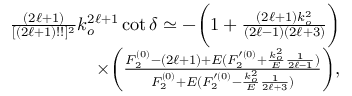
\begin{array} { r l r } & { } & { \frac { ( 2 \ell + 1 ) } { [ ( 2 \ell + 1 ) ! ! ] ^ { 2 } } k _ { o } ^ { 2 \ell + 1 } \cot \delta \simeq - \bigg ( 1 + \frac { ( 2 \ell + 1 ) k _ { o } ^ { 2 } } { ( 2 \ell - 1 ) ( 2 \ell + 3 ) } \bigg ) } \\ & { } & { \times \bigg ( \frac { F _ { 2 } ^ { ( 0 ) } - ( 2 \ell + 1 ) + E ( F _ { 2 } ^ { \prime ( 0 ) } + \frac { k _ { o } ^ { 2 } } { E } \frac { 1 } { 2 \ell - 1 } ) } { F _ { 2 } ^ { ( 0 ) } + E ( F _ { 2 } ^ { \prime ( 0 ) } - \frac { k _ { o } ^ { 2 } } { E } \frac { 1 } { 2 \ell + 3 } ) } \bigg ) , } \end{array}